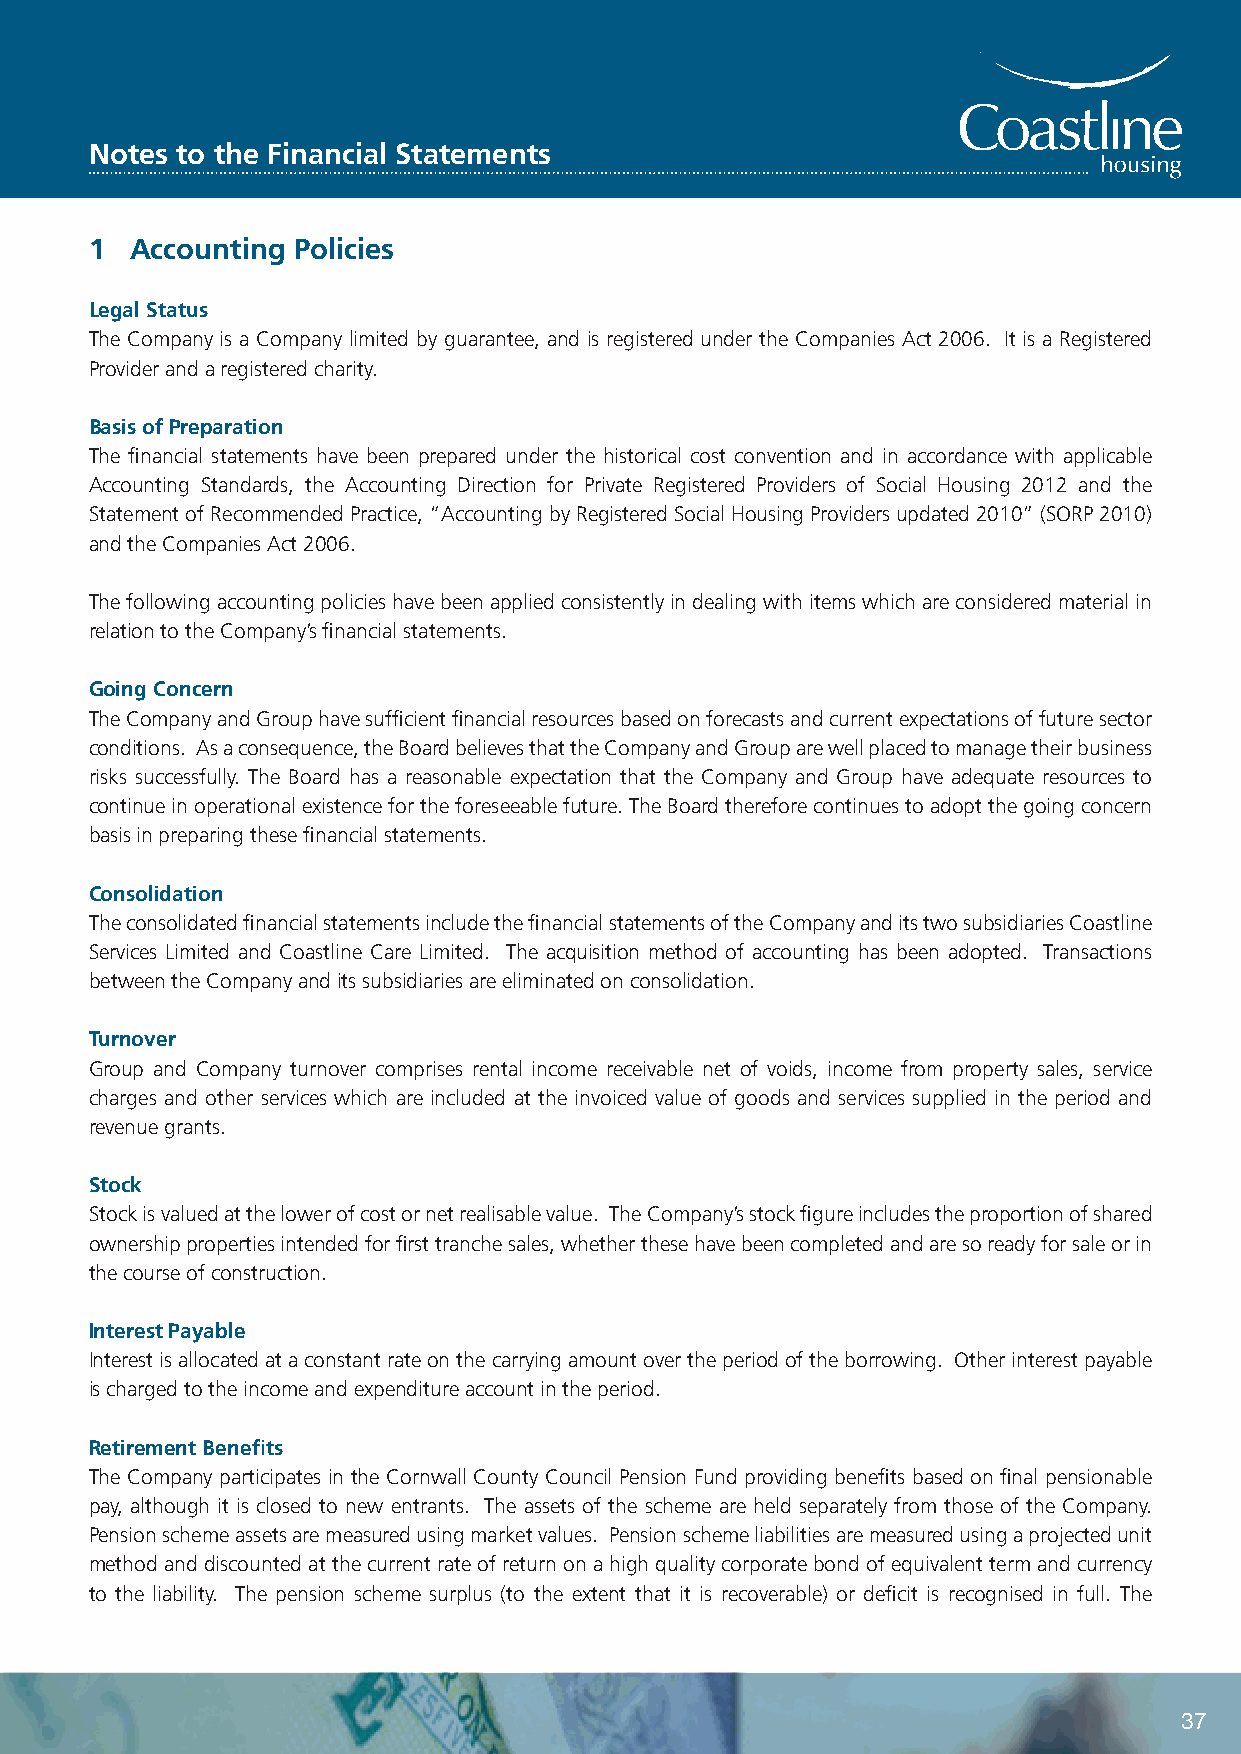
Notes to the Financial Statements
 1  Accounting Policies
 Legal Status
 The Company is a Company limited by guarantee, and is registered under the Companies Act 2006. It is a Registered
 Provider and a registered charity.
 Basis of Preparation
 The financial statements have been prepared under the historical cost convention and in accordance with applicable
 Accounting Standards, the Accounting Direction for Private Registered Providers of Social Housing 2012 and the
 Statement of Recommended Practice, “Accounting by Registered Social Housing Providers updated 2010” (SORP 2010)
 and the Companies Act 2006.
 The following accounting policies have been applied consistently in dealing with items which are considered material in
 relation to the Company’s financial statements.
 Going Concern
 The Company and Group have sufficient financial resources based on forecasts and current expectations of future sector
 conditions. As a consequence, the Board believes that the Company and Group are well placed to manage their business
 risks successfully. The Board has a reasonable expectation that the Company and Group have adequate resources to
 continue in operational existence for the foreseeable future. The Board therefore continues to adopt the going concern
 basis in preparing these financial statements.
 Consolidation
 The consolidated financial statements include the financial statements of the Company and its two subsidiaries Coastline
 Services Limited and Coastline Care Limited. The acquisition method of accounting has been adopted. Transactions
 between the Company and its subsidiaries are eliminated on consolidation.
 Turnover
 Group and Company turnover comprises rental income receivable net of voids, income from property sales, service
 charges and other services which are included at the invoiced value of goods and services supplied in the period and
 revenue grants.
 Stock
 Stock is valued at the lower of cost or net realisable value. The Company’s stock figure includes the proportion of shared
 ownership properties intended for first tranche sales, whether these have been completed and are so ready for sale or in
 the course of construction.
 Interest Payable
 Interest is allocated at a constant rate on the carrying amount over the period of the borrowing. Other interest payable
 is charged to the income and expenditure account in the period.
 Retirement Benefits
 The Company participates in the Cornwall County Council Pension Fund providing benefits based on final pensionable
 pay, although it is closed to new entrants. The assets of the scheme are held separately from those of the Company.
 Pension scheme assets are measured using market values. Pension scheme liabilities are measured using a projected unit
 method and discounted at the current rate of return on a high quality corporate bond of equivalent term and currency
 to the liability. The pension scheme surplus (to the extent that it is recoverable) or deficit is recognised in full. The
 37